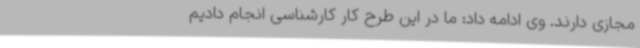
مجازی دارند. وی ادامه داد: ما در این طرح کار کارشناسی انجام دادیم